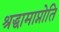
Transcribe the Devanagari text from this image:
श्रद्धामाप्नोति